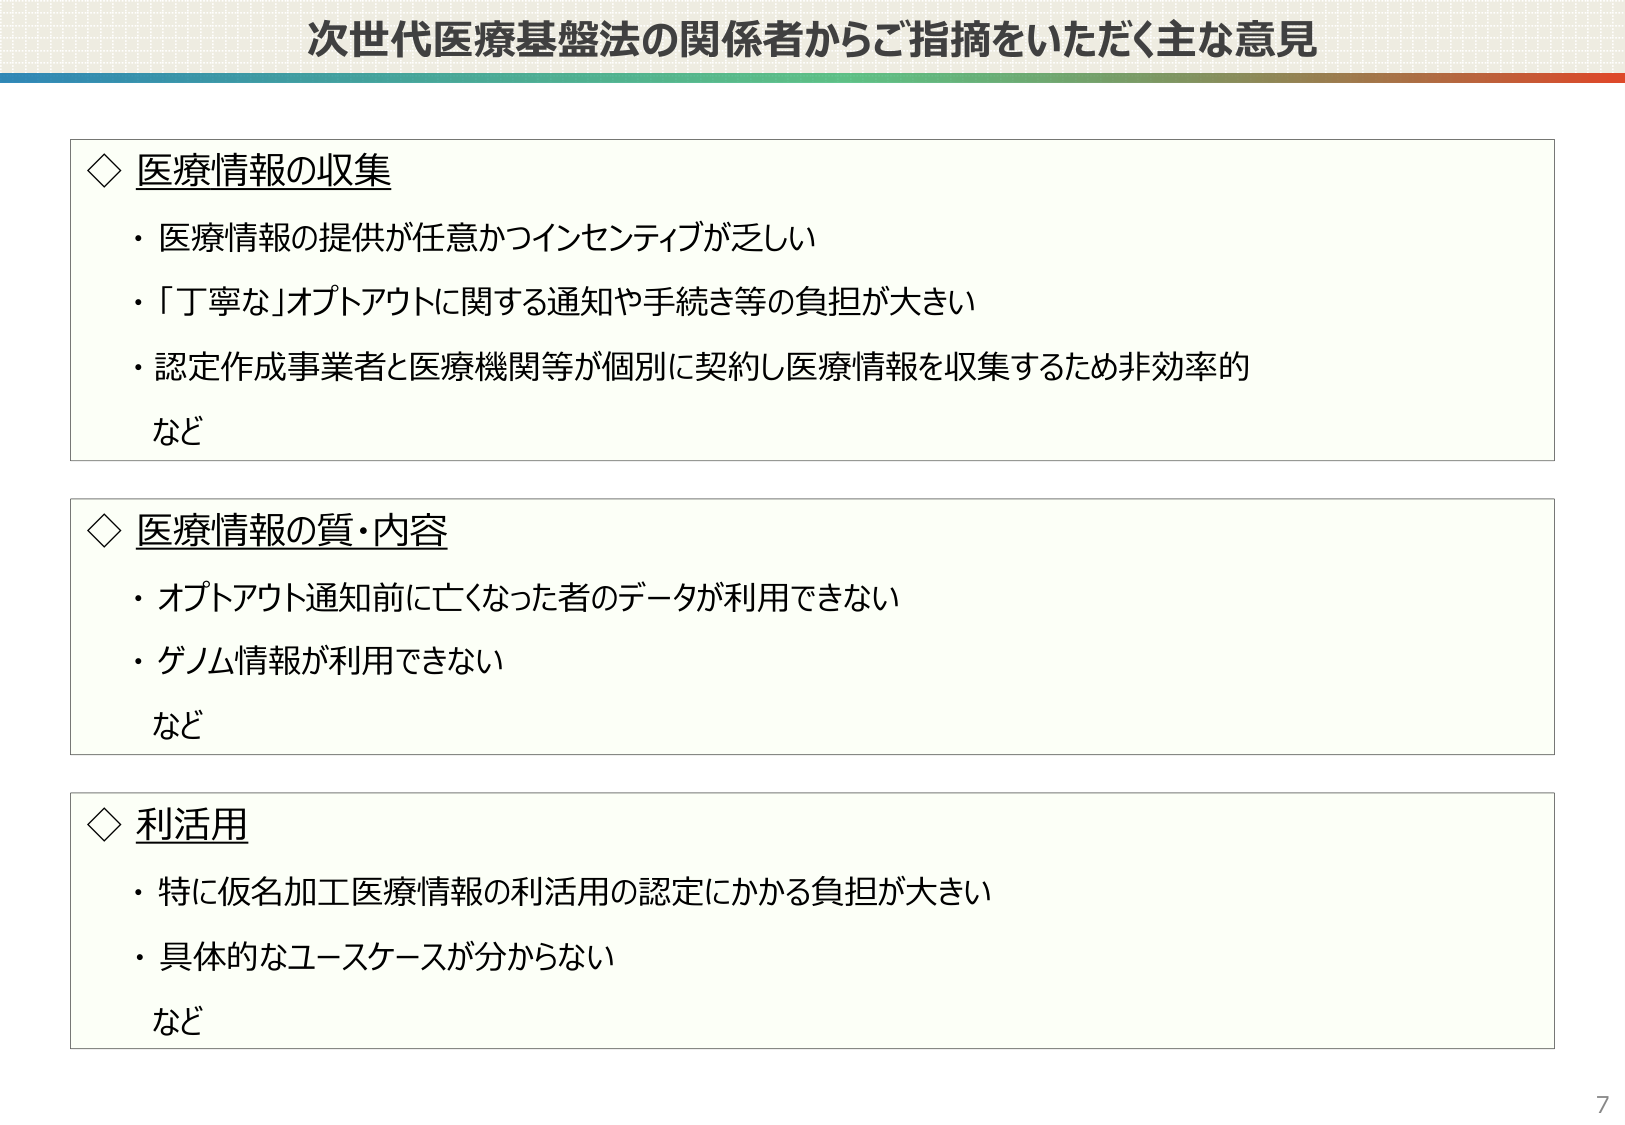
次世代医療基盤法の関係者からご指摘をいただく主な意見

◇ 医療情報の収集
・医療情報の提供が任意かつインセンティブが乏しい
・「丁寧な」オプトアウトに関する通知や手続き等の負担が大きい
・認定作成事業者と医療機関等が個別に契約し医療情報を収集するため非効率的
など

◇ 医療情報の質・内容
・オプトアウト通知前に亡くなった者のデータが利用できない
・ゲノム情報が利用できない
など

◇ 利活用
・特に仮名加工医療情報の利活用の認定にかかる負担が大きい
・具体的なユースケースが分からない
など

7